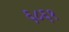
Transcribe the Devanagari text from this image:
६८६१